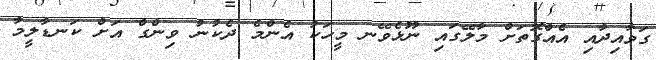
ގަވާއިދާއި އެއްގޮތަށް މާލޭގައި ނޫޅެވޭނ މީހަކު އެންމެ ދެކުނު ވިންގް އަށް ކަނޑާލީމާ